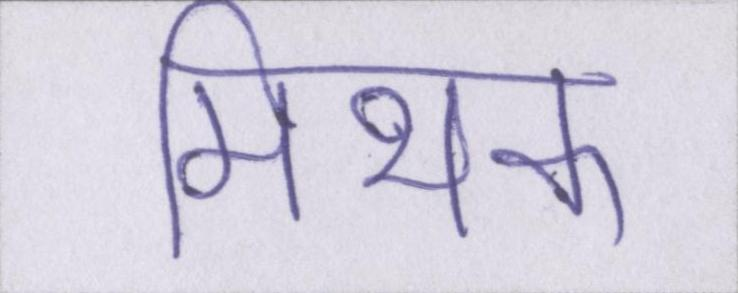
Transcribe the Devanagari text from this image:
मिथक